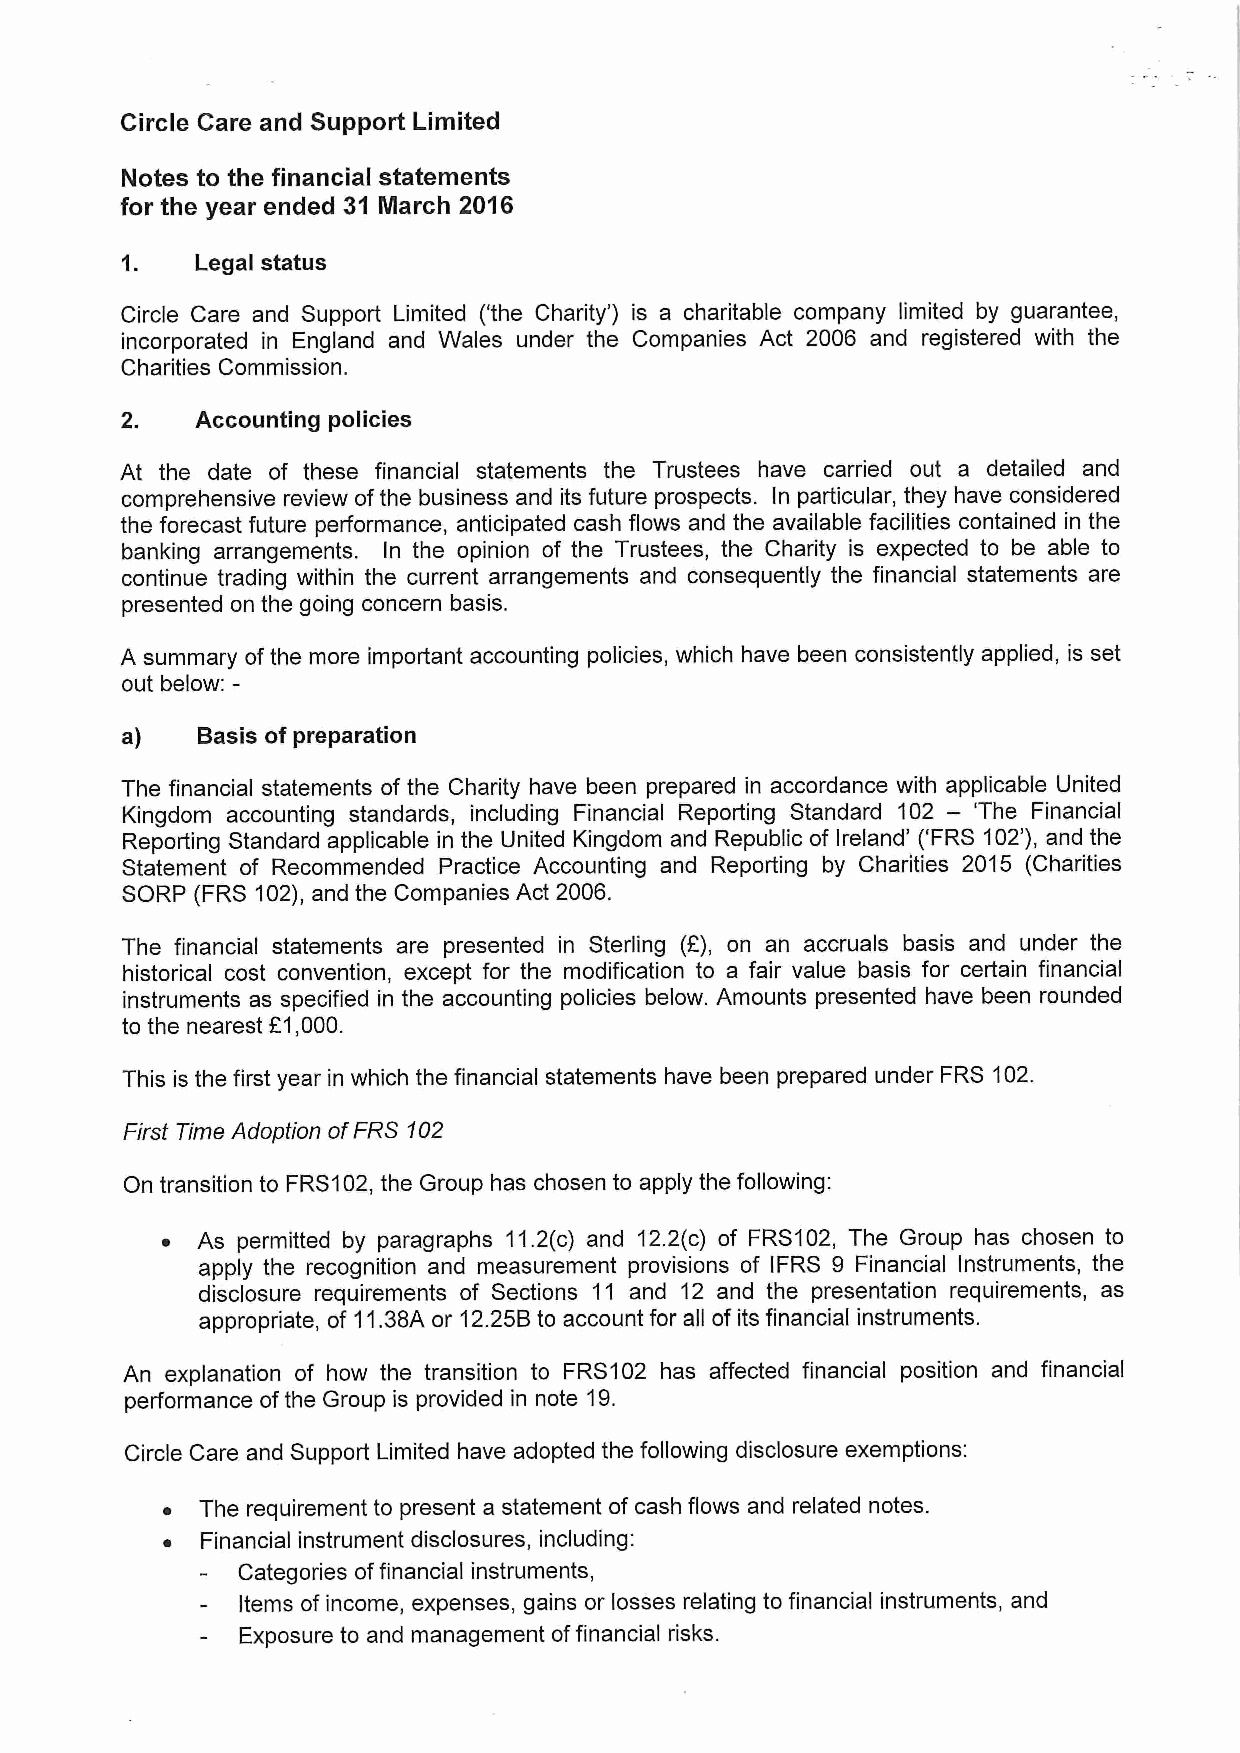
Circle Care and Support Limited
 Notes to the financial statements
 for the year ended 31 March 2016
 1.   Legal status
 Circle Care and Support Limited ('the Charity* ) is a charitable company limited by guarantee,
 incorporated in England and Wales under the Companies Act 2006 and registered with the
 Charities Commission.
 2.   Accounting policies
 At the date of these financial statements the Trustees have carried out a detailed and
 comprehensive review ofthe business and its future prospects. In particular, they have considered
 the forecast future performance, anticipated cash flows and the available facilities contained in the
 banking arrangements. In the opinion of the Trustees, the Charity is expected to be able to
 continue trading within the current arrangements and consequently the financial statements are
 presented on the going concern basis.
 A summary of the more important accounting policies, which have been consistently applied, is set
 out below:-
 a)   Basis of preparation
 The financial statements of the Charity have been prepared in accordance with applicable United
 Kingdom accounting standards, including Financial Reporting Standard 102
 —'The
 Financial
 Reporting Standard applicable in the United Kingdom and Republic of Ireland' ('FRS 102'), and the
 Statement of Recommended Practice Accounting and Reporting by Charities 2015 (Charities
 SORP (FRS 102), and the Companies Act 2006.
 The financial statements are presented in Sterling (E), on an accruals basis and under the
 historical cost convention, except for the modification to a fair value basis for certain financial
 instruments as specified in the accounting policies below. Amounts presented have been rounded
 to the nearest R1,000.
 This is the first year in which the financial statements have been prepared under FRS 102.
 First Time Adoption ofFRS $02
 On transition to FRS102,the Group has chosen to apply the following:
 ~ As permitted by paragraphs 11.2(c) and 12.2(c) of FRS102, The Group has chosen to
 apply the recognition and measurement provisions of IFRS 9 Financial Instruments, the
 disclosure requirements of Sections 11 and 12 and the presentation requirements, as
 appropriate, of 11.38A or 12.25Bto account for all of its financial instruments.
 An explanation of how the transition to FRS102 has affected financial position and financial
 performance ofthe Group is provided in note 19.
 Circle Care and Support Limited have adopted the following disclosure exemptions:
 ~ The requirement to present a statement of cash flows and related notes.
 ~ Financial instrument disclosures, including:
 Categories offinancial instruments,
 Items of income, expenses, gains or losses relating to financial instruments, and
 Exposure to and management offinancial risks.